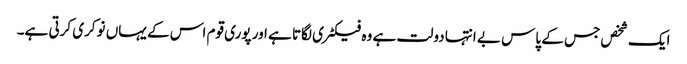
ایک شخص جس کے پاس بے انتہا دولت ہے وہ فیکٹری لگاتا ہے اور پوری قوم اس کے یہاں نوکری کرتی ہے۔